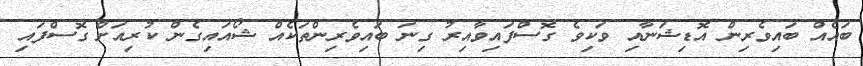
ބައެއް ބައިވެރިން އޮޑިޝަނާއި ވަކިވެ ގޮސްފައިވާއިރު ގިނަ ބައިވެރިންތަކެއް ޝޯއައިގެން ކުރިއަށް ގޮސްފައި